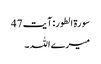
سورۃ الطور: آیت 47
میرے اللہ ۔